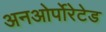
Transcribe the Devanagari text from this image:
अनओर्पोरेटेड